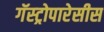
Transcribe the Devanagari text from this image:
गॅस्ट्रोपारेसीस